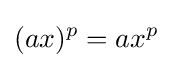
(ax)^{p}=ax^{p}